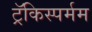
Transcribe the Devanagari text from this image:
ट्रॅकिस्पर्मम